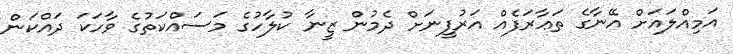
އަމިއްލައަށް އޭނާގެ ތަޢާރަފެއް އަރުފީނަށް ދެމުން ޒީނާ ކުލާހުގެ މަސައްކަތުގެ ވާހަކަ ދައްކަން